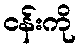
ငန်းကို